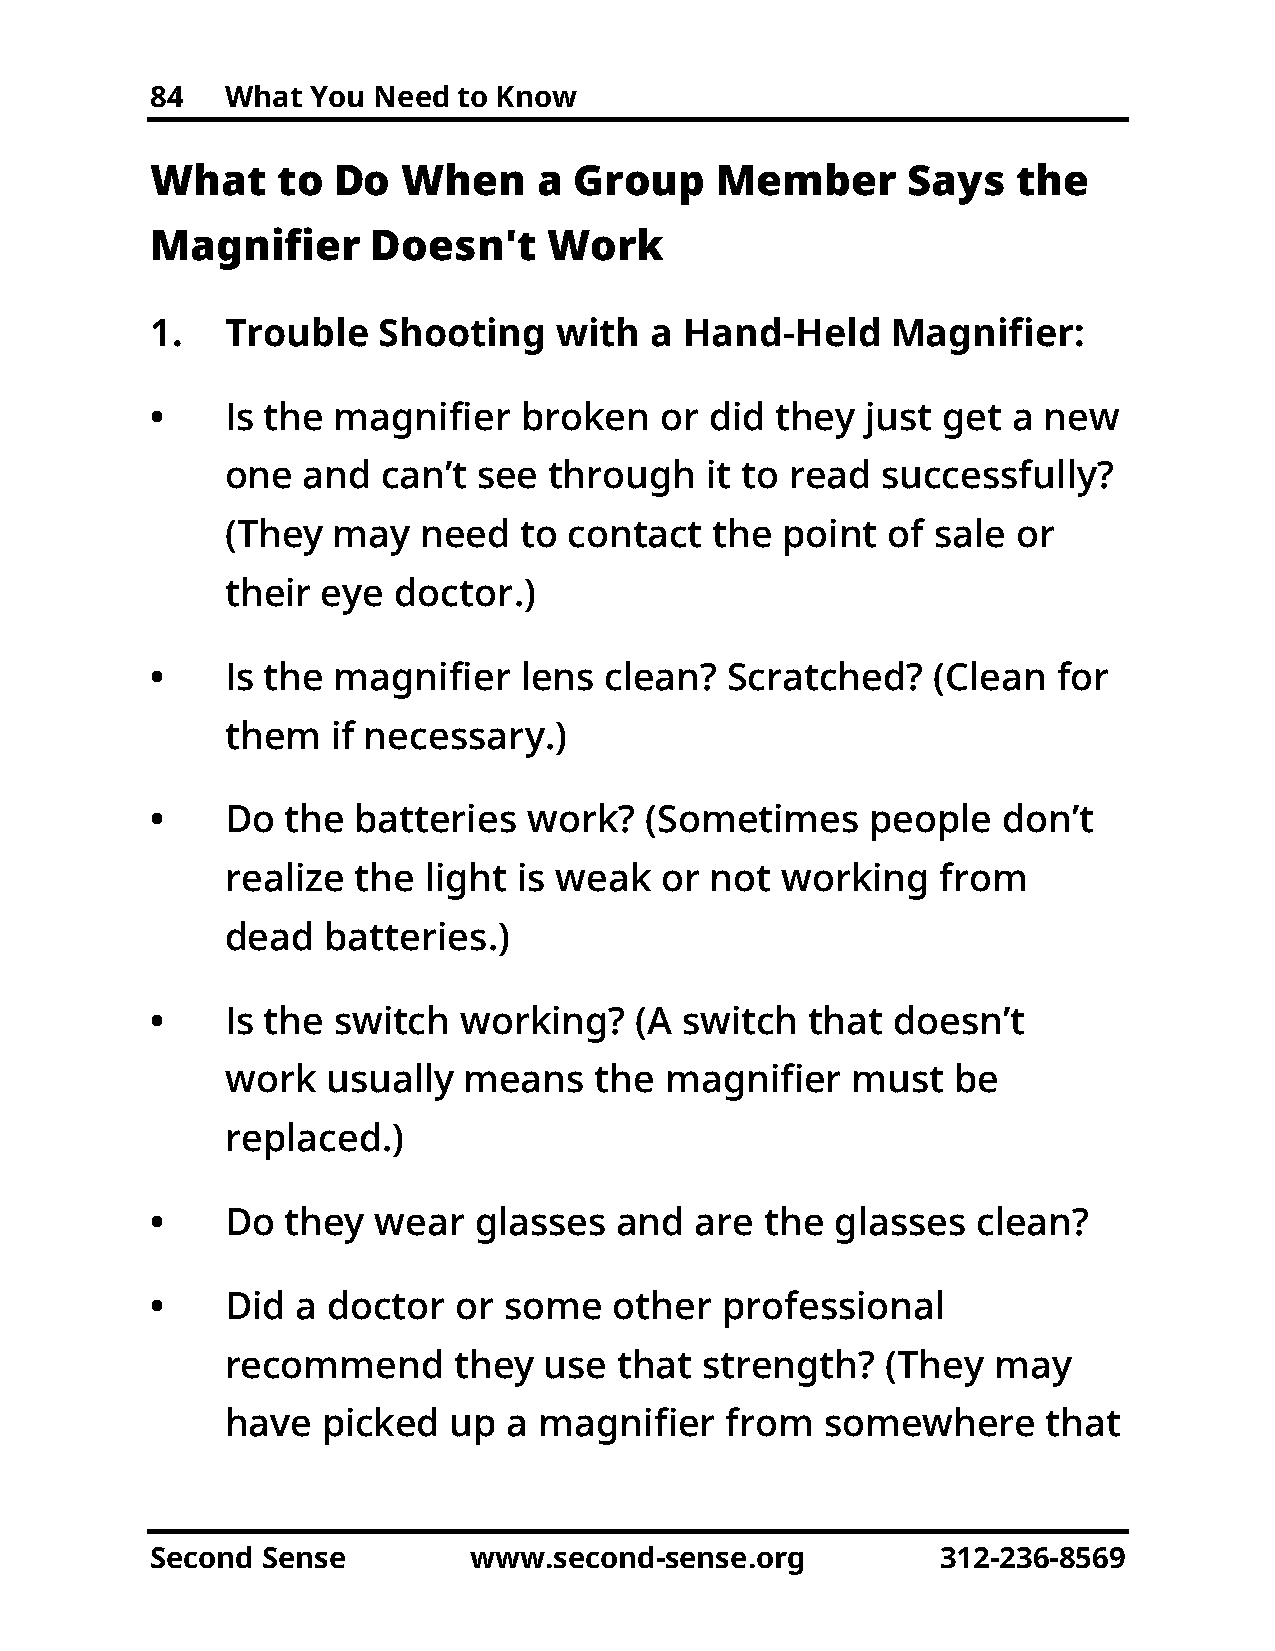
84   What  You Need to Know
 What    to  Do   When     a Group    Member       Says   the
 Magnifier      Doesn't    Work
 1.   Trouble   Shooting    with  a Hand-Held     Magnifier:
 •    Is the magnifier    broken   or did they  just get  a new
 one  and  can’t  see through    it to read successfully?
 (They  may   need  to  contact  the  point  of sale or
 their eye  doctor.)
 •    Is the magnifier    lens clean?  Scratched?    (Clean  for
 them   if necessary.)
 •    Do  the  batteries  work?   (Sometimes     people  don’t
 realize the  light is weak   or not  working   from
 dead   batteries.)
 •    Is the switch  working?    (A switch   that doesn’t
 work   usually  means   the  magnifier   must   be
 replaced.)
 •    Do  they  wear  glasses   and  are  the glasses   clean?
 •    Did  a doctor  or some    other  professional
 recommend      they  use  that  strength?   (They  may
 have  picked   up  a magnifier   from   somewhere     that
 Second Sense         www.second-sense.org           312-236-8569